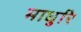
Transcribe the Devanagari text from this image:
माधुरि